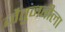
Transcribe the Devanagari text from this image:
जैतुनबीला